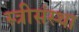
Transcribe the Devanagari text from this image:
स्त्रीसंस्था